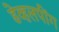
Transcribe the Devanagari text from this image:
डेव्हलपींग